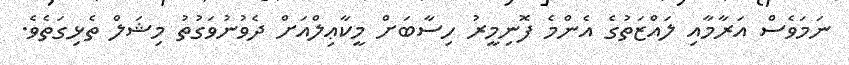
ނަމަވެސް އަރާމާއި ލައްޒަތުގެ އެންމެ ފޮނިމީރު ހިސާބަށް މީކާޢިލްއަށް ދެވުނުވަގުތު މިޝަލް ތެޅިގަތެވެ.